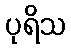
ပုရိသ